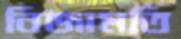
নিজামতি